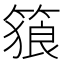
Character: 𥱉